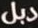
دبل